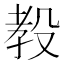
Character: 𪵋